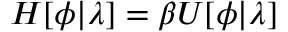
H [ \phi | \lambda ] = \beta U [ \phi | \lambda ]